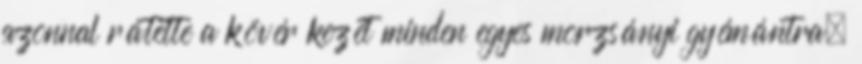
azonnal rátette a kövér kezét minden egyes morzsányi gyémántra,